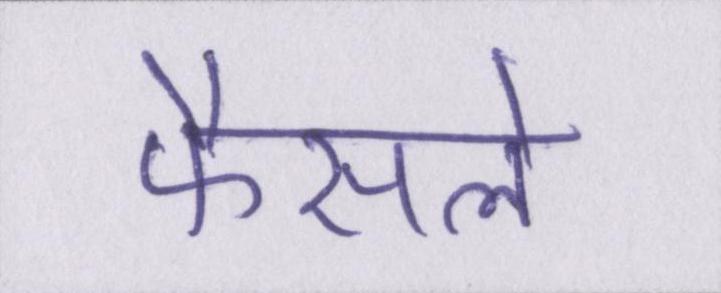
फैसले